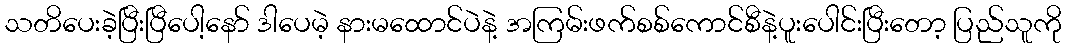
သတိပေးခဲ့ပြီးပြီပေါ့နော် ဒါပေမဲ့ နားမထောင်ပဲနဲ့ အကြမ်းဖက်စစ်ကောင်စီနဲ့ပူးပေါင်းပြီးတော့ ပြည်သူကို